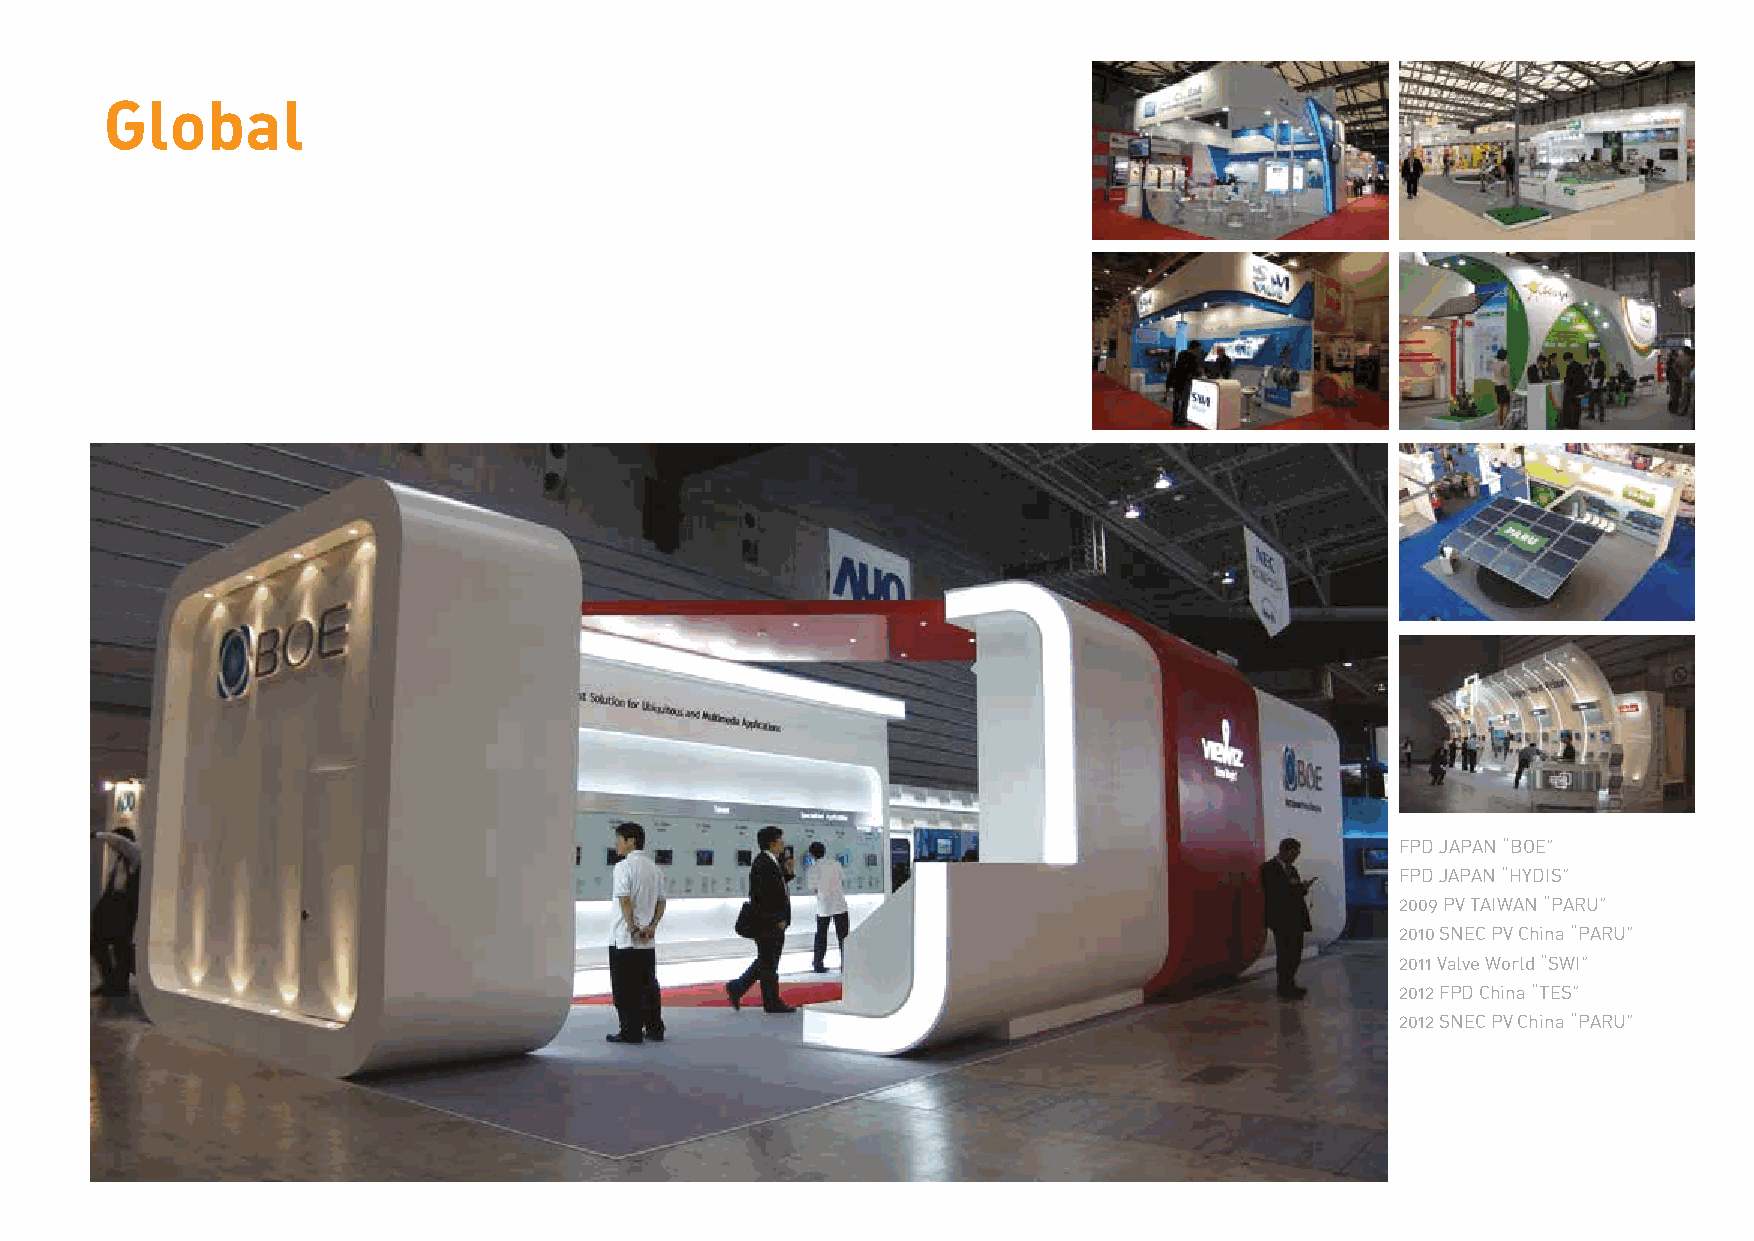
Global
 FPD JAPAN “BOE”
 FPD JAPAN “HYDIS”
 2009 PV TAIWAN “PARU”
 2010 SNEC PV China “PARU”
 2011 Valve World “SWI”
 2012 FPD China “TES”
 2012 SNEC PV China “PARU”